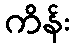
ကိန်း